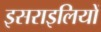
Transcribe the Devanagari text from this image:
इसराइलियों